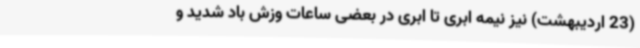
(23 اردیبهشت) نیز نیمه ابری تا ابری در بعضی ساعات وزش باد شدید و